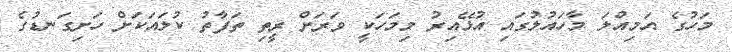
މަހުގެ އަމިއްލަ މާހައުލުގައި އުޅޭއިރު މިމަހަކީ ވަރަށް ރީތި ތަފާތު ކުލައަކަށް ހަށިގަނޑުގެ